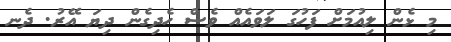
މި ޅެން ލިއުމަށް ފަހުގަ ލަވައެއް ވެސް ހެދިގެން ދިޔަ އޭރު. ދެނ